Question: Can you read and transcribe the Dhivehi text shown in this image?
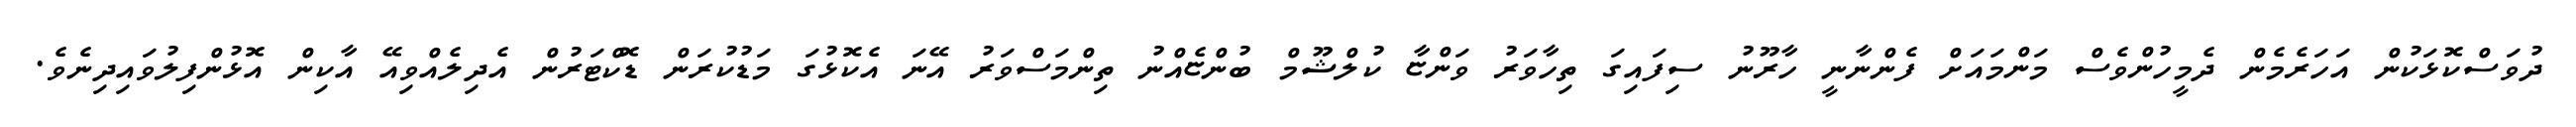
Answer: ދުވަސްކޮޅަކުން އަހަރެމެން ދެމީހުންވެސް މަންމައަށް ފެންނާނީ ހާރޫނު ސިފައިގަ ތިހާވަރު ވަންޏާ ކުލްޝޫމް ބުންޏެއްނު ތިންމަސްވަރު އޭނަ އެކޮޅުގަ މަޑުކުރަން ޑޮކްޓަރުން އެދިލެއްވިއޭ އާކިން އޮޅުންފިލުވައިދިނެވެ.